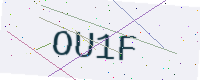
Text: OU1F